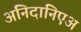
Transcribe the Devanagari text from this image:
अनिदानिएअ